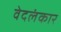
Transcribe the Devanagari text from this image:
वेदलंकार